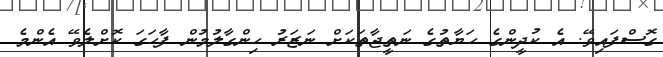
ގޮސްފައިވޭ. އެ ކުދީންގެ ހަޔާތުގެ ނަތީޖާތަކަށް ނަޒަރު ހިންގާލުމުން ފާހަގަ ކޮށްލެވޭ އެންމެ